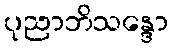
ပုညာဘိသန္ဒော